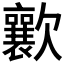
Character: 𣤸